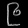
Digit: ၉